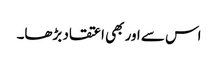
اس سے اور بھی اعتقاد بڑھا۔